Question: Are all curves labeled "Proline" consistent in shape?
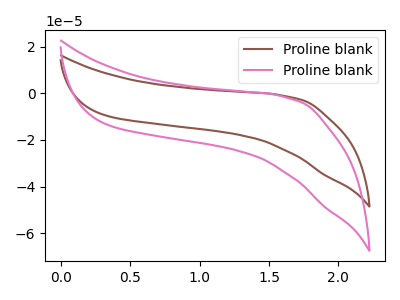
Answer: <think>The brown curve "Proline blank1" has no peaks. The pink curve "Proline blank2" has no peaks.
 Neither "Proline blank1" or "Proline blank2" have any peaks.</think>
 <answer>All the CV's of "Proline" have similar shape.</answer>
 <eval>follow_rule</eval>